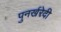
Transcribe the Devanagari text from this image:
पुनर्खरेदी